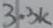
Text: 3.3k